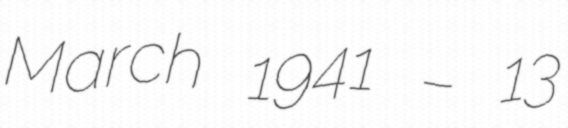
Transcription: March 1941 – 13